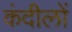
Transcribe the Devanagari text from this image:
कंदीलों